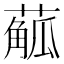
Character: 𦺠